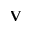
\mathbf { V }